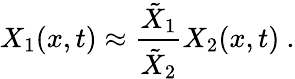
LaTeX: X_{1}(x,t)\approx\frac{\tilde{X}_{1}}{\tilde{X}_{2}}X_{2}(x,t)~.